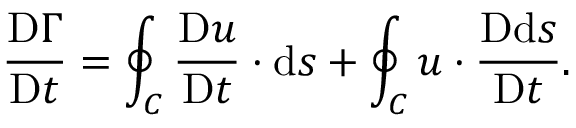
{ \frac { \mathrm { D } \Gamma } { \mathrm { D } t } } = \oint _ { C } { \frac { \mathrm { D } { \boldsymbol { u } } } { \mathrm { D } t } } \cdot \mathrm { d } { \boldsymbol { s } } + \oint _ { C } { \boldsymbol { u } } \cdot { \frac { \mathrm { D } \mathrm { d } { \boldsymbol { s } } } { \mathrm { D } t } } .